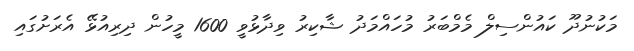
މަކުނުދޫ ކައުންސިލް މެމްބަރު މުހައްމަދު ޝާކިރު ވިދާޅުވީ 1600 މީހުން ދިރިއުޅޭ އެރަށުގައި